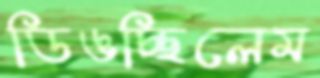
ডিঙচ্ছিলেম